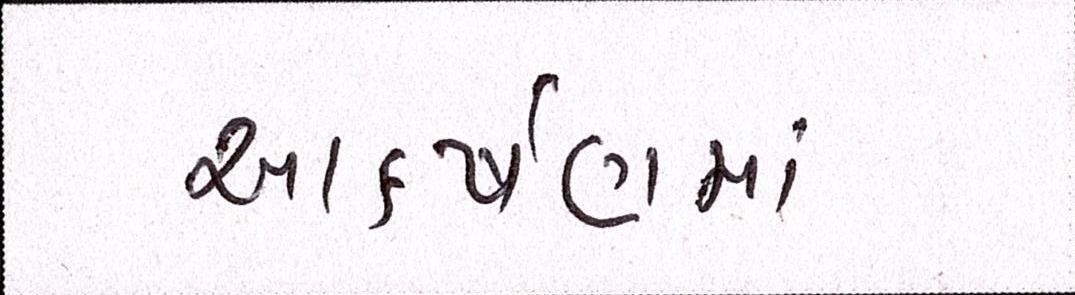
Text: આકર્ષણમાં